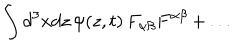
LaTeX: \int d ^ { 3 } x d z \, \psi ( z , t ) \, F _ { \alpha \beta } F ^ { \alpha \beta } \, + \, . . .